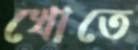
খোতে